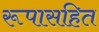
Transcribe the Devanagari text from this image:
रूपासहित